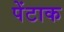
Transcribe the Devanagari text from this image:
पेंटाक